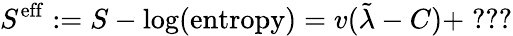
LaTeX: S^{\mathrm{eff}}:=S-\log(\mathrm{entropy})=v(\tilde{\lambda}-C)+\; ???